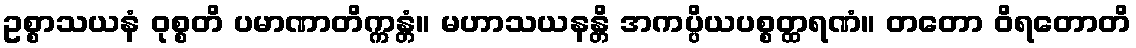
ဥစ္စာသယနံ ဝုစ္စတိ ပမာဏာတိက္ကန္တံ။ မဟာသယနန္တိ အကပ္ပိယပစ္စတ္ထရဏံ။ တတော ဝိရတောတိ